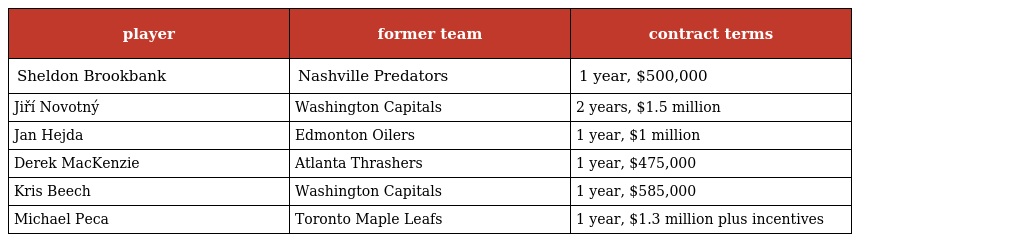
| player | former team | contract terms |
 | --- | --- | --- |
 | Sheldon Brookbank | Nashville Predators | 1 year, $500,000 |
 | Jiří Novotný | Washington Capitals | 2 years, $1.5 million |
 | Jan Hejda | Edmonton Oilers | 1 year, $1 million |
 | Derek MacKenzie | Atlanta Thrashers | 1 year, $475,000 |
 | Kris Beech | Washington Capitals | 1 year, $585,000 |
 | Michael Peca | Toronto Maple Leafs | 1 year, $1.3 million plus incentives |